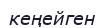
кеңейген